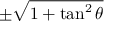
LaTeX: \pm { \sqrt { 1 + \tan ^ { 2 } \theta } }